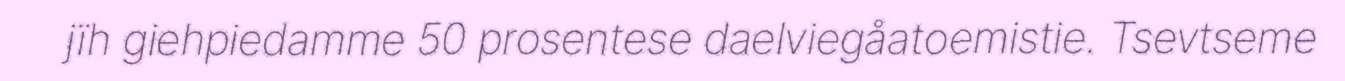
jïh giehpiedamme 50 prosentese daelviegåatoemistie. Tsevtseme